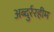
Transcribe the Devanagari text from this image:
अब्दुर्ररहीम